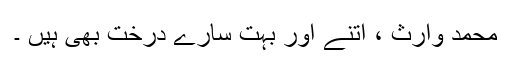
محمد وارث ، اتنے اور بہت سارے درخت بھی ہیں ۔